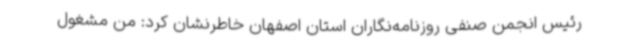
رئیس انجمن صنفی روزنامه‌نگاران استان اصفهان خاطرنشان کرد: من مشغول